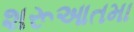
શરૂઆતમા